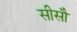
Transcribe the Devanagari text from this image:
सीसौ